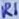
Text: R1